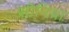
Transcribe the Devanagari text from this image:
सीनिया